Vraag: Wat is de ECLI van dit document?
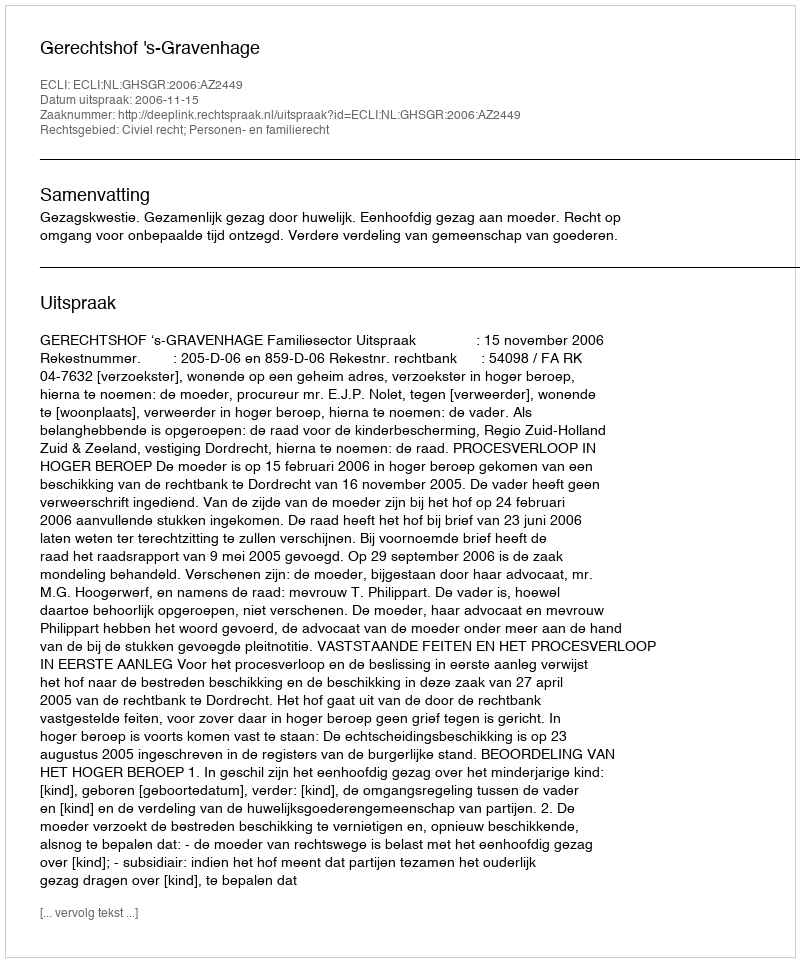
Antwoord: ECLI:NL:GHSGR:2006:AZ2449